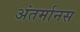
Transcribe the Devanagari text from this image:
अंतर्मानस